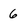
Character: 6